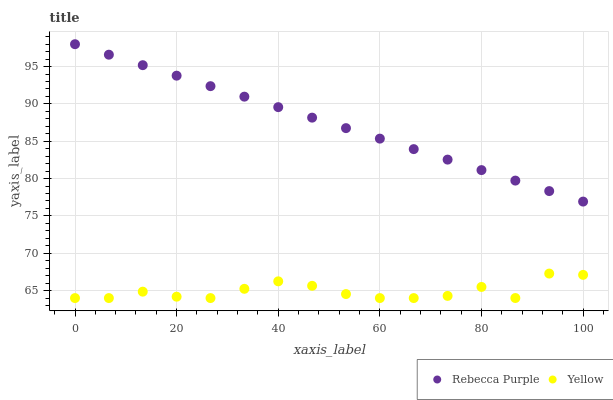
| xaxis_label | Rebecca Purple | Yellow |
 | --- | --- | --- |
 | 0 | 98 | 64 |
 | 6.67 | 96.6 | 64 |
 | 13.3 | 95.2 | 64.9 |
 | 20 | 93.8 | 64.2 |
 | 26.7 | 92.4 | 64 |
 | 33.3 | 91 | 65.2 |
 | 40 | 89.6 | 66.2 |
 | 46.7 | 88.2 | 65.6 |
 | 53.3 | 86.8 | 64.5 |
 | 60 | 85.4 | 64 |
 | 66.7 | 83.9 | 64 |
 | 73.3 | 82.5 | 64.3 |
 | 80 | 81.1 | 65.5 |
 | 86.7 | 79.7 | 64 |
 | 93.3 | 78.3 | 67.3 |
 | 100 | 76.9 | 67.1 |